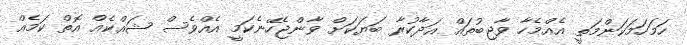
ހަމަހަމަކަންމަތީ އެއްމެހާ ވާޖިބުތައް އަދާކުރާ ބަޔަކަށް ވާންޖެހޭނެކަމީ އެއްވެސް ޝައްކެއް އޮތް ކަމެއް